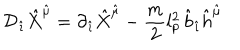
{ \cal D } _ { \hat { \imath } } { \hat { X } } ^ { \hat { \mu } } = \partial _ { \hat { \imath } } { \hat { X } } ^ { \hat { \mu } } - \frac { m } { 2 } l _ { p } ^ { 2 } \, { \hat { b } } _ { \hat { \imath } } { \hat { h } } ^ { \hat { \mu } }